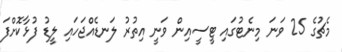
މެޗުގެ 25 ވަނަ މިނެޓުގައި ޓީސީއިން ވަނީ އިތުރު ލަނޑެއްޖަހައި ލީޑު ފުޅާކޮށްފަ